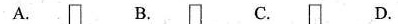
A. B. C. D.